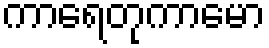
ကာရေတုကာမော